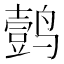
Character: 𱊦